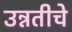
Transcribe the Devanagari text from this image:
उन्नतीचे